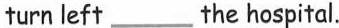
turn left___ the hospital.